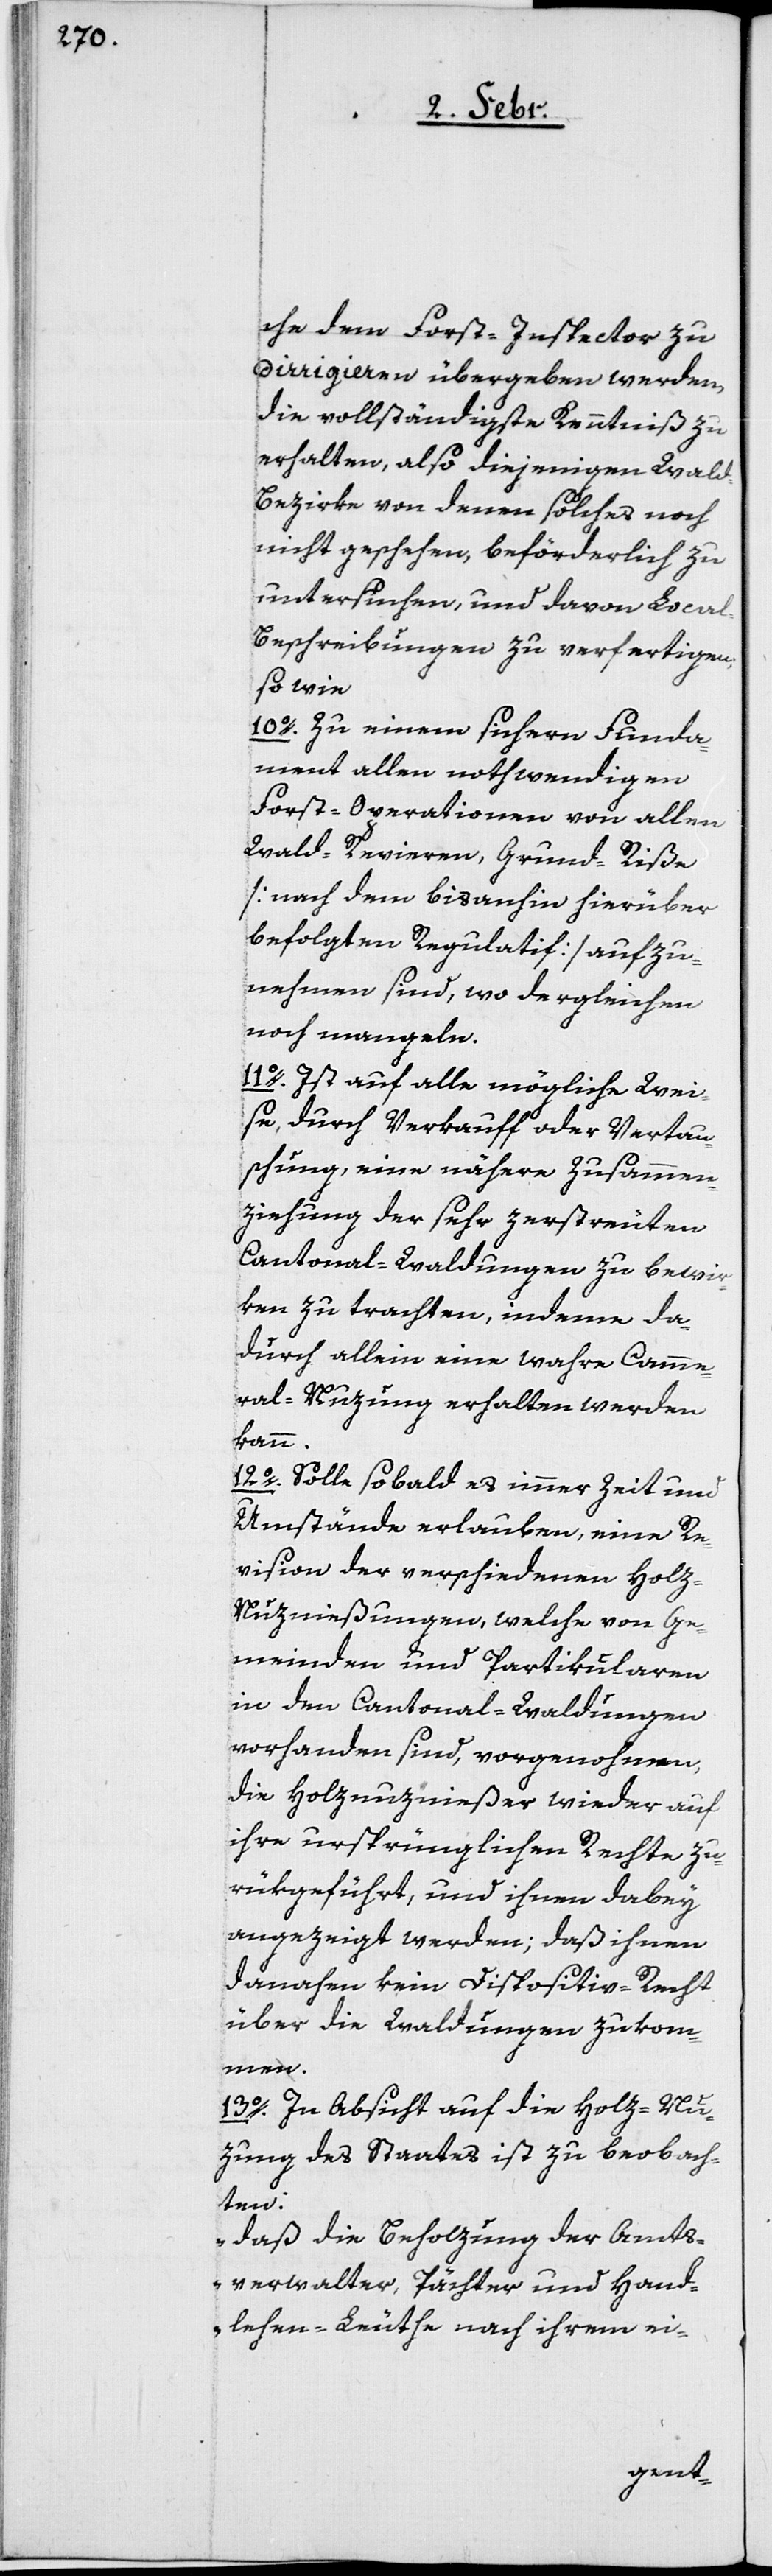
che dem Forst-Inspector zu
dirigieren übergeben werden,
die vollständigste Kenntniß zu
erhalten, also diejenigen Wal¬
d-Bezirke von denen solches noch
nicht geschehen, beförderlich zu
untersuchen, und davon Local-B¬
eschreibungen zu verfertigen,
so wie
10o. Zu einem sichern Funda¬
ment allen nothwendigen
Forst-Operationen von allen
Wald-Revieren, Grund-Riße
[nach dem bis anhin hierüber
befolgten Regulatif] aufzu¬
nehmen sind, wo dergleichen
noch mangeln.
11o. Ist auf alle mögliche Wei¬
se, durch Verkauff oder Vertau¬
schung, eine nähere Zusammen¬
ziehung der sehr zerstreuten
Cantonal-Waldungen zu bewir¬
ken zu trachten, indeme da¬
durch allein eine wahre Camme¬
ral-Nuzung erhalten werden
kann.
12o. Solle sobald es immer Zeit und
Umstände erlauben, eine Re¬
vision der verschiedenen Holz-N¬
uznießungen, welche von Ge¬
meinden und Partikularen
in den Cantonal-Waldungen
vorhanden sind, vorgenohmen,
die Holznuznießer wieder auf
ihre ursprünglichen Rechte zu¬
rükgeführt, und ihnen dabey
angezeigt werden; daß ihnen
danahen kein Dispositiv-Recht
über die Waldungen zukom¬
men.
13o. In Absicht auf die Holz-Nu¬
zung des Staates ist zu beobach¬
ten:
„daß die Beholzung der Amts¬
verwalter, Pächter und Hand¬
lehen-Leuthe nach ihrem ei-